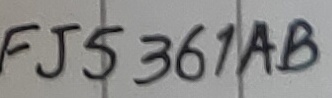
Text: FJ5361AB